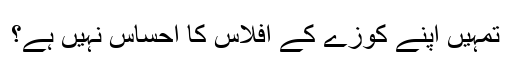
تمہیں اپنے کوزے کے افلاس کا احساس نہیں ہے؟